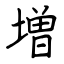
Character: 増